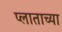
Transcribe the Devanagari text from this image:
प्लाताच्या